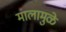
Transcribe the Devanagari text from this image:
मालामुळे